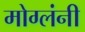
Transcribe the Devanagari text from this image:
मोग्लंनी